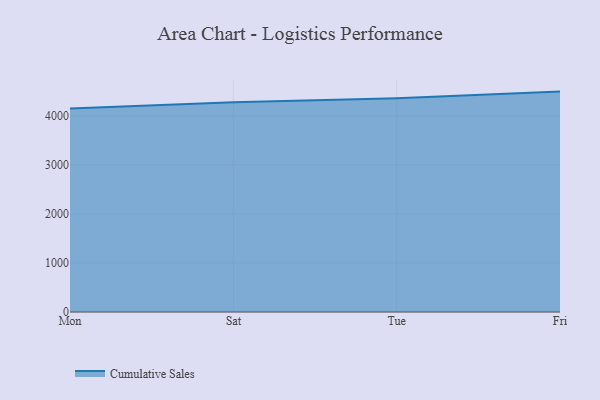
{"axis": {"x": "Day", "y": "Population (Million)"}, "legend": ["Cumulative Sales"], "data": [{"x": "Mon", "y": 4149.4, "type": "Cumulative Sales"}, {"x": "Sat", "y": 4277.8, "type": "Cumulative Sales"}, {"x": "Tue", "y": 4358.3, "type": "Cumulative Sales"}, {"x": "Fri", "y": 4493.7, "type": "Cumulative Sales"}]}